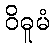
ဝိဓူမံ